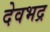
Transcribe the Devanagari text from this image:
देवभद्र